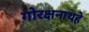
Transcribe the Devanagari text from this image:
गोरक्षनाथहे